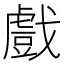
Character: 戲